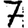
Digit: 7